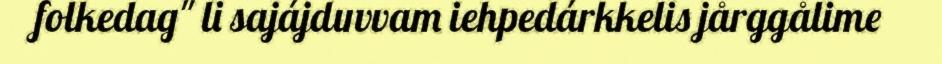
folkedag" li sajájduvvam iehpedárkkelis jårggålime